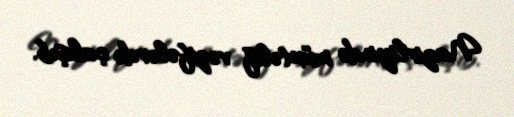
Nazirliyində müxtəlif vəzifələrdə çalışıb.